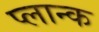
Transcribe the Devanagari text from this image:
प्लान्क